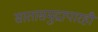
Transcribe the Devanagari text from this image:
सातासमुद्रापारही